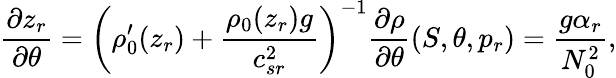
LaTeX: \frac{\partial z_{r}}{\partial\theta}=\left(\rho_{0}^{\prime}(z_{r})+\frac{\rho_{0}(z_{r})g}{c_{sr}^{2}}\right)^{-1}\frac{\partial\rho}{\partial\theta}(S,\theta,p_{r})=\frac{g\alpha_{r}}{N_{0}^{2}},